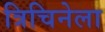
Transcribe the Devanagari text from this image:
त्रिचिनेला